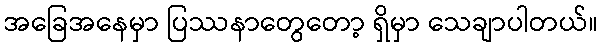
အခြေအနေမှာ ပြဿနာတွေတော့ ရှိမှာ သေချာပါတယ်။